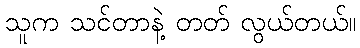
သူက သင်တာနဲ့ တတ် လွယ်တယ်။